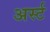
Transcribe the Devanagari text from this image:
अर्स्ट